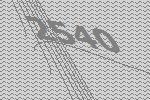
2540